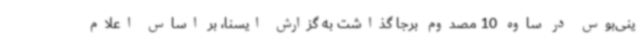
ینی‌بوس در ساوه 10 مصدوم برجا گذاشت به گزارش ایسنا، بر اساس اعلام